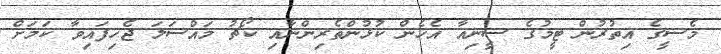
މެސީގެ އިތުރުން ޓީމުގެ ސީނިއާ އެހެން ކުޅުންތެރިންނާއި ކޯޗު މައްސަލަ ޖެހިފައިވާ ކަމަށް